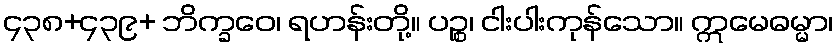
၄၃၈+၄၃၉+ ဘိက္ခဝေ၊ ရဟန်းတို့။ ပဉ္စ၊ ငါးပါးကုန်သော။ ဣမေဓမ္မာ၊